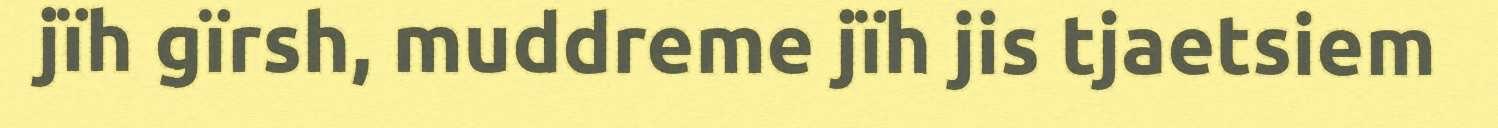
jïh gïrsh, muddreme jïh jis tjaetsiem